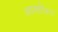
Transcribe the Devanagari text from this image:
आशोधन